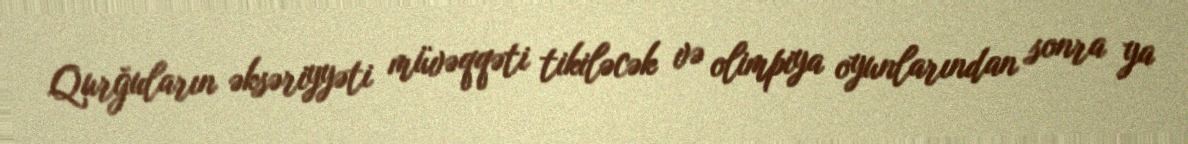
Qurğuların əksəriyyəti müvəqqəti tikiləcək və olimpiya oyunlarından sonra ya